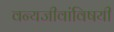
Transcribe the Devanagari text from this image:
वन्यजीवांविषयी